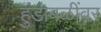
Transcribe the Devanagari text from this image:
हुंडाबळींवर